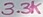
Text: 3.3K